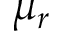
\mu _ { r }